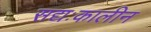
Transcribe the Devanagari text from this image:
सद्यःकालीन